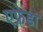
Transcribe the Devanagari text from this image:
एफ्रेडा